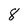
Character: 8